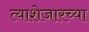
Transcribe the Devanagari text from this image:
त्याशेजारच्या